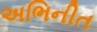
અભિનીત